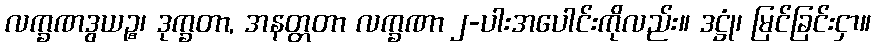
လက္ခဏဒွယဉ္စ၊ ဒုက္ခတာ, အနတ္တတာ လက္ခဏာ ၂-ပါးအပေါင်းကိုလည်း။ ဒဋ္ဌုံ၊ မြင်ခြင်းငှာ။